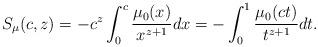
LaTeX: \begin{gather*}S_{\mu}(c,z)=-c^{z}\int_{0}^{c}\frac{\mu_{0}(x) }{x^{z+1}}dx=-\int_{0}^{1}\frac{\mu_{0}(ct) }{t^{z+1}}dt.\end{gather*}